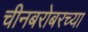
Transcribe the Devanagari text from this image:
चीनबरोबरच्या